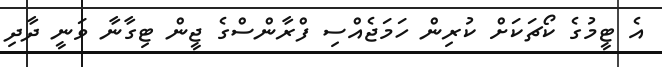
އެ ޓީމުގެ ކޯޗަކަށް ކުރިން ހަމަޖެއްސި ފްރާންސްގެ ޖީން ޓިގާނާ ވަނީ ދާދި